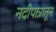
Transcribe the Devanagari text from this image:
नदीपात्रातून